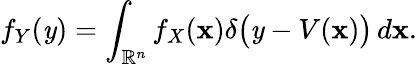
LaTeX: f_{Y}(\mathit{y})=\int_{{\mathbb{{R}}}^{n}}f_{X}(\mathbf{{x}})\delta{\big(}\mathit{y}-V(\mathbf{{x}}){\big)}\, d\mathbf{{x}}.